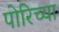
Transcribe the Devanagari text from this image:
पोरिच्या